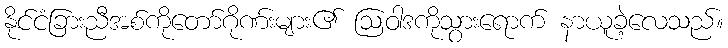
နိုင်ငံခြားညီအစ်ကိုတော်ဂိုဏ်းများ၏ ဩဝါဒကိုသွားရောက် နာယူခဲ့လေသည်။